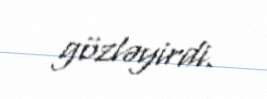
gözləyirdi.